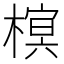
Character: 𣙣